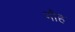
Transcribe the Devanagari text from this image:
भौह